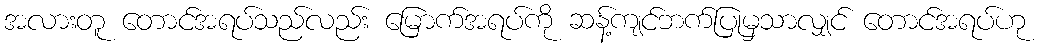
အလားတူ တောင်အရပ်သည်လည်း မြောက်အရပ်ကို ဆန့်ကျင်ဘက်ပြုမှသာလျှင် တောင်အရပ်ဟု